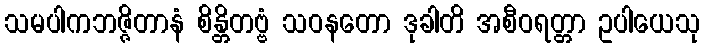
သမပါကဘဇ္ဇိတာနံ စိန္တိတဗ္ဗံ သဝနတော ဒုခါတိ အစီဝရတ္တာ ဥပါယေသု